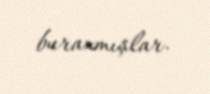
buraxmışlar.